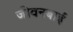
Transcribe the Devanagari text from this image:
जीवनबाई